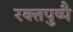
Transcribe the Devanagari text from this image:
रक्तपुष्पै